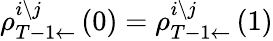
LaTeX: \rho_{T-1\leftarrow}^{i\setminus j}\left(0\right)=\rho_{T-1\leftarrow}^{i\setminus j}\left(1\right)